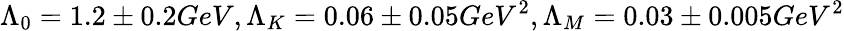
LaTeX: \Lambda_{0}=1.2\pm 0.2GeV,\Lambda_{K}=0.06\pm 0.05GeV^{2},\Lambda_{M}=0.03\pm 0.005GeV^{2}